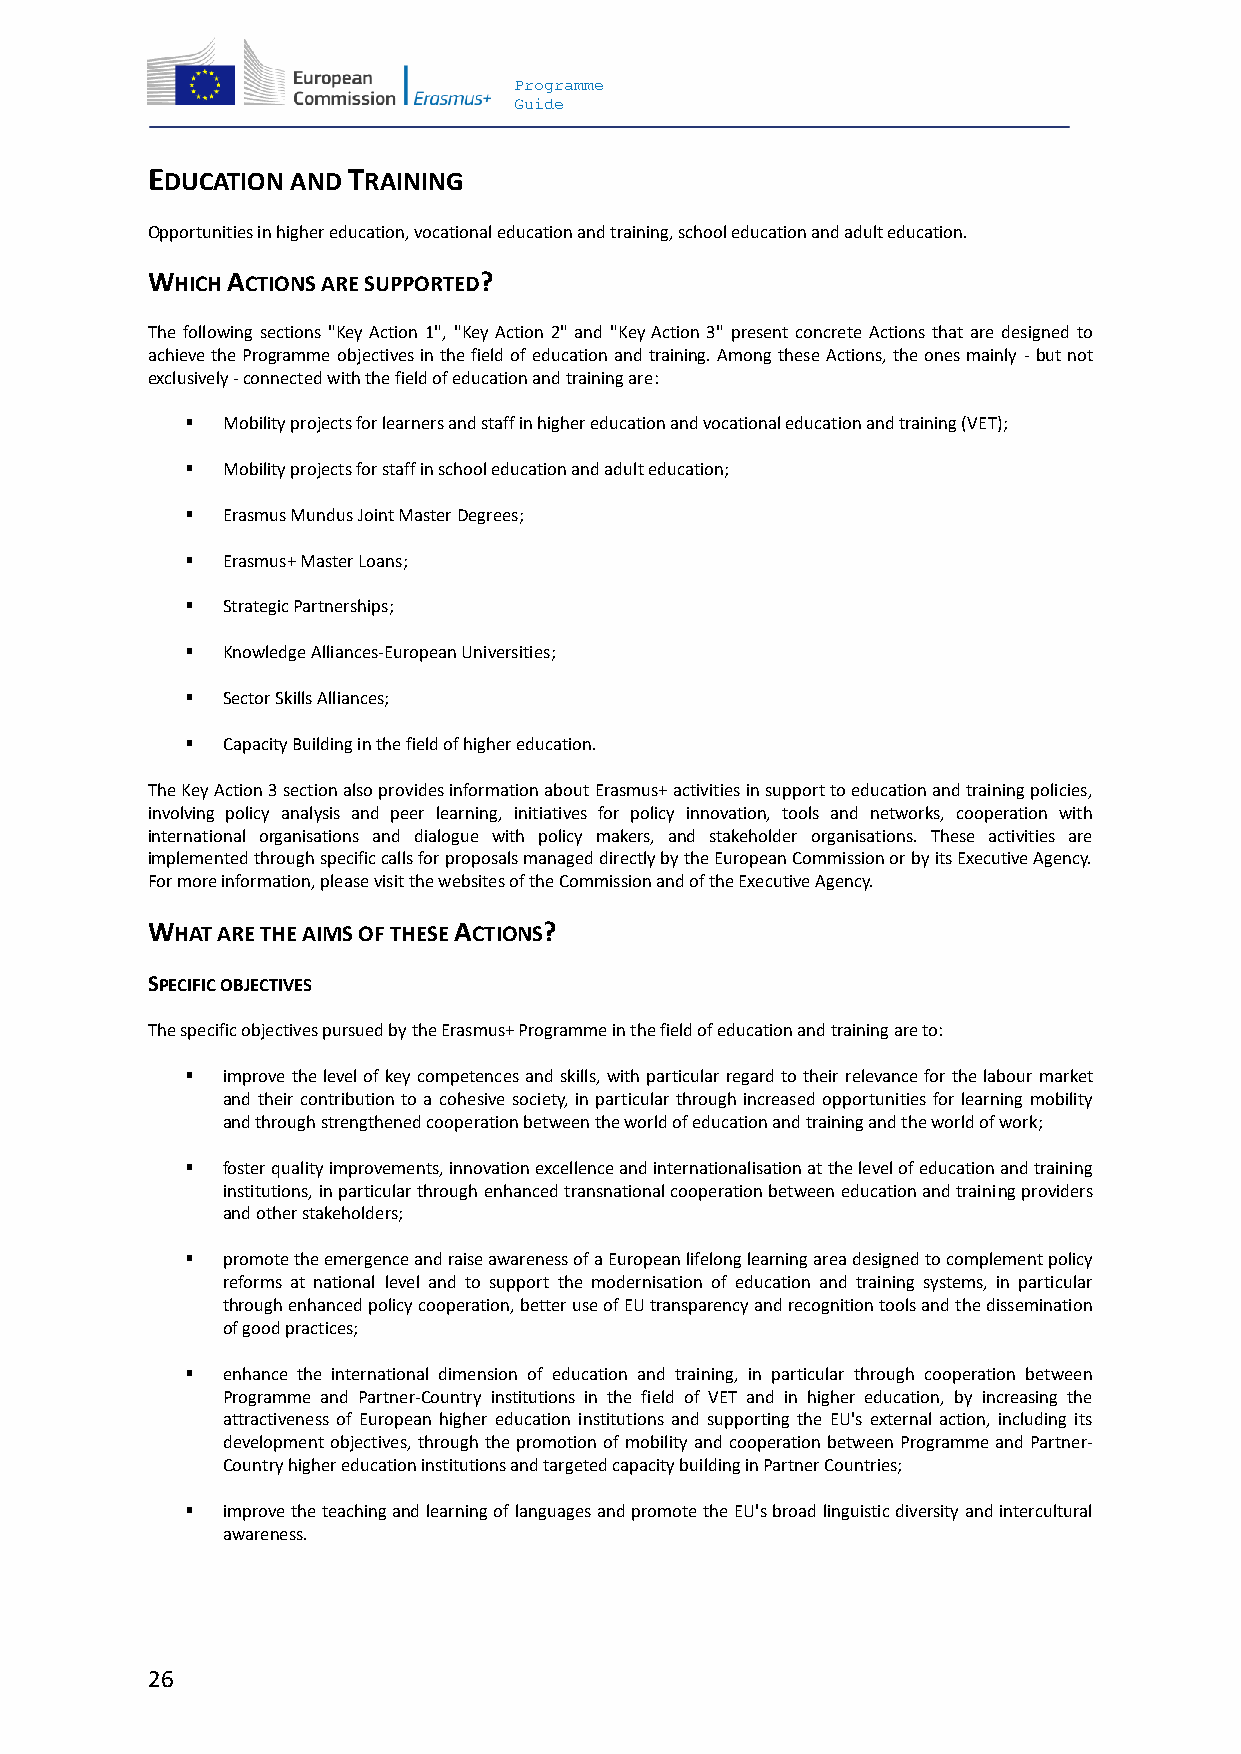
Programme
 Guide
 EDUCATION AND TRAINING
 Opportunities in higher education, vocational education and training, school education and adult education.
 WHICH ACTIONS ARE SUPPORTED?
 The following sections "Key Action 1", "Key Action 2" and "Key Action 3" present concrete Actions that are designed to
 achieve the Programme objectives in the field of education and training. Among these Actions, the ones mainly - but not
 exclusively - connected with the field of education and training are:
   Mobility projects for learners and staff in higher education and vocational education and training (VET);
   Mobility projects for staff in school education and adult education;
   Erasmus Mundus Joint Master Degrees;
   Erasmus+ Master Loans;
   Strategic Partnerships;
   Knowledge Alliances-European Universities;
   Sector Skills Alliances;
   Capacity Building in the field of higher education.
 The Key Action 3 section also provides information about Erasmus+ activities in support to education and training policies,
 involving policy analysis and peer learning, initiatives for policy innovation, tools and networks, cooperation with
 international organisations and dialogue with policy makers, and stakeholder organisations. These activities are
 implemented through specific calls for proposals managed directly by the European Commission or by its Executive Agency.
 For more information, please visit the websites of the Commission and of the Executive Agency.
 WHAT ARE THE AIMS OF THESE ACTIONS?
 SPECIFIC OBJECTIVES
 The specific objectives pursued by the Erasmus+ Programme in the field of education and training are to:
   improve the level of key competences and skills, with particular regard to their relevance for the labour market
 and their contribution to a cohesive society, in particular through increased opportunities for learning mobility
 and through strengthened cooperation between the world of education and training and the world of work;
   foster quality improvements, innovation excellence and internationalisation at the level of education and training
 institutions, in particular through enhanced transnational cooperation between education and training providers
 and other stakeholders;
   promote the emergence and raise awareness of a European lifelong learning area designed to complement policy
 reforms at national level and to support the modernisation of education and training systems, in particular
 through enhanced policy cooperation, better use of EU transparency and recognition tools and the dissemination
 of good practices;
   enhance the international dimension of education and training, in particular through cooperation between
 Programme and Partner-Country institutions in the field of VET and in higher education, by increasing the
 attractiveness of European higher education institutions and supporting the EU's external action, including its
 development objectives, through the promotion of mobility and cooperation between Programme and Partner-
 Country higher education institutions and targeted capacity building in Partner Countries;
   improve the teaching and learning of languages and promote the EU's broad linguistic diversity and intercultural
 awareness.
 26